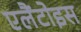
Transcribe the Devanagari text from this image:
एलैंटोइस